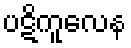
ပဋိကူလေန